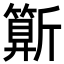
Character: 𣃍